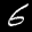
Label: 6